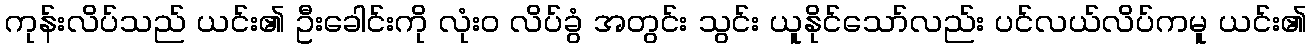
ကုန်းလိပ်သည် ယင်း၏ ဦးခေါင်းကို လုံးဝ လိပ်ခွံ အတွင်း သွင်း ယူနိုင်သော်လည်း ပင်လယ်လိပ်ကမူ ယင်း၏